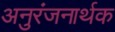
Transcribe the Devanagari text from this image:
अनुरंजनार्थक